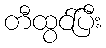
တီထွင်ပြီး